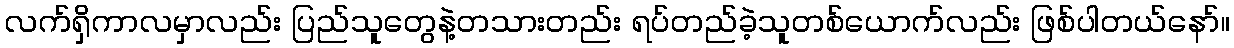
လက်ရှိကာလမှာလည်း ပြည်သူတွေနဲ့တသားတည်း ရပ်တည်ခဲ့သူတစ်ယောက်လည်း ဖြစ်ပါတယ်နော်။